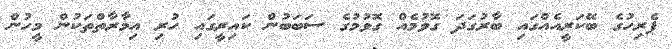
ޕެރިހުގެ ބޭކަރީއެއްގައި ބާރުގަދަ ގޮވުމެއް ގޮވުމުގެ ސަބަބުން ކައިރީގައި ހުރި އިމާރާތްތަކުން މީހުން